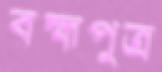
বহ্মপুত্র